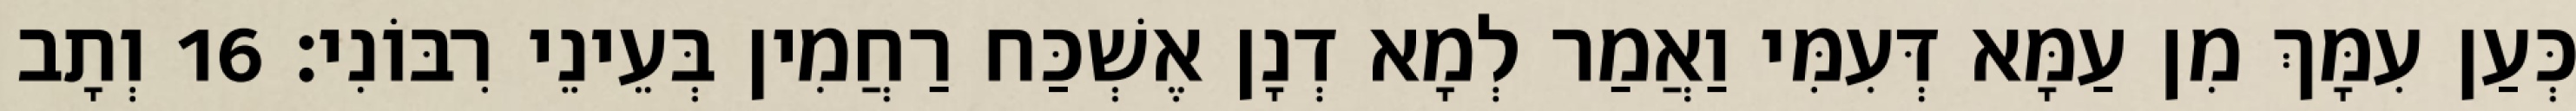
כְּעַן עִמָּךְ מִן עַמָּא דְּעִמִּי וַאֲמַר לְמָא דְנָן אֶשְׁכַּח רַחֲמִין בְּעֵינֵי רִבּוֹנִי׃ 16 וְתָב